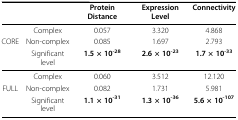
|  |  | Protein Distance | Expression Level | Connectivity |
 | --- | --- | --- | --- | --- |
 |  | Complex | 0.057 | 3.320 | 4.868 |
 | CORE | Non-complex | 0.085 | 1.697 | 2.793 |
 |  | Significant level | 1.5 × 10-28 | 2.6 × 10-23 | 1.7 × 10-33 |
 |  | Complex | 0.060 | 3.512 | 12.120 |
 | FULL | Non-complex | 0.082 | 1.731 | 5.981 |
 |  | Significant level | 1.1× 10-31 | 1.3 × 10-36 | 5.6 × 10-107 |